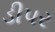
ડીપર